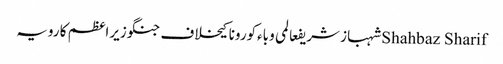
Shahbaz Sharifشہباز شریفعالمی وباءکورونا کیخلاف جنگوزیراعظم کا رویہ